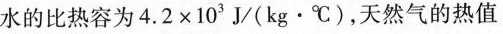
水的比热容为$$4 . 2 \times 1 0 ^ { 3 }